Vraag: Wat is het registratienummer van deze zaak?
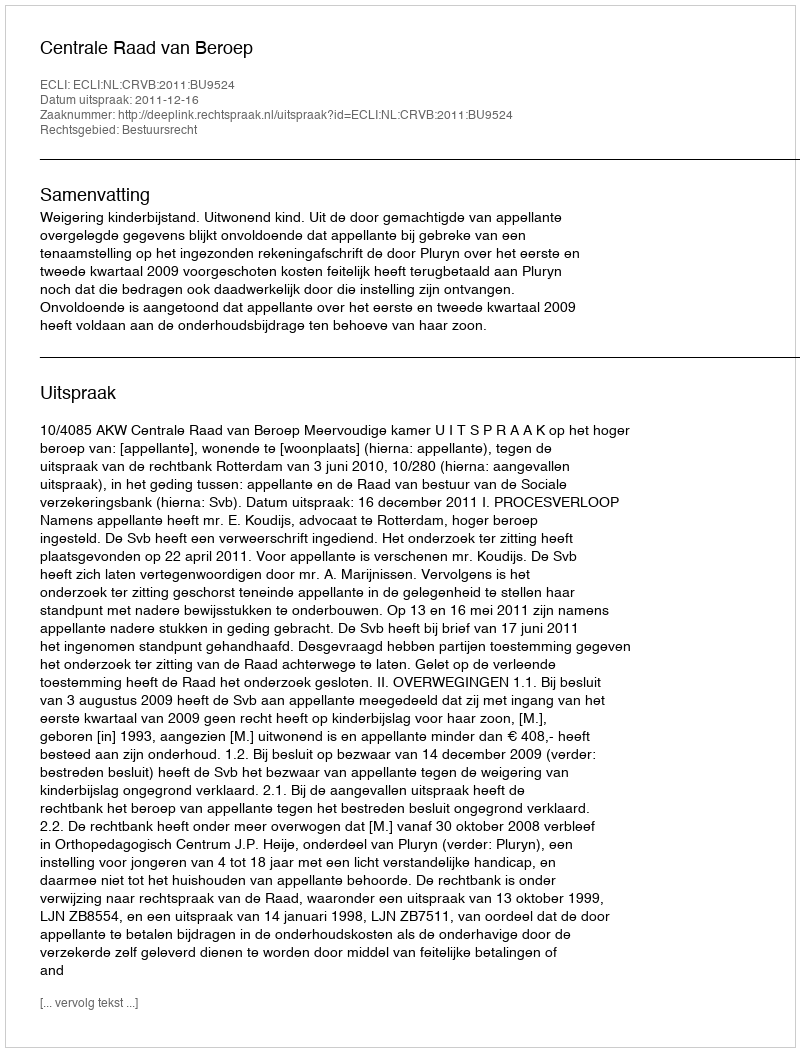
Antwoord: http://deeplink.rechtspraak.nl/uitspraak?id=ECLI:NL:CRVB:2011:BU9524